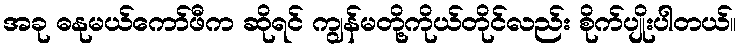
အခု ဓနုမယ်ကော်ဖီက ဆိုရင် ကျွန်မတို့ကိုယ်တိုင်လည်း စိုက်ပျိုးပါတယ်။